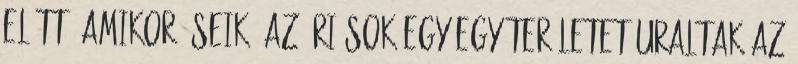
előtt, amikor őseik, az óriások egy-egy területet uraltak az